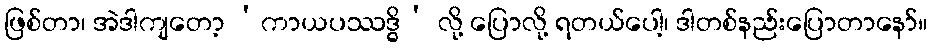
ဖြစ်တာ၊ အဲဒါကျတော့ ‘ကာယပဿဒ္ဓိ’ လို့ ပြောလို့ ရတယ်ပေါ့၊ ဒါတစ်နည်းပြောတာနော်။